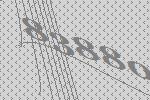
83880